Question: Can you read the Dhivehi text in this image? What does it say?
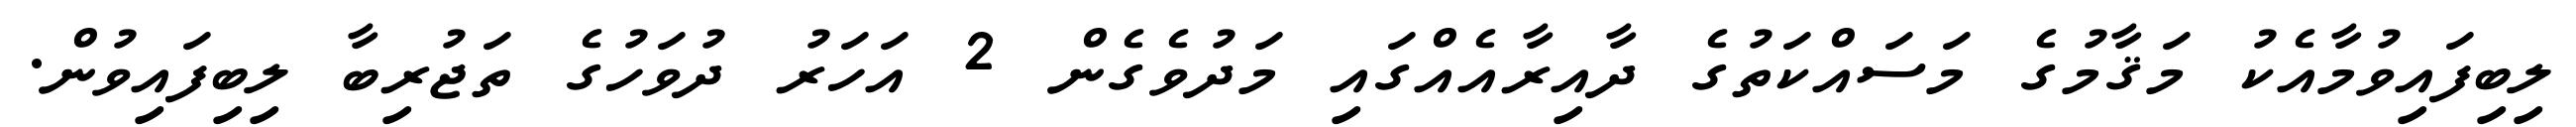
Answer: ލިބިފައިވުމާއެކު މަޤާމުގެ މަސައްކަތުގެ ދާއިރާއެއްގައި މަދުވެގެން 2 އަހަރު ދުވަހުގެ ތަޖުރިބާ ލިބިފައިވުން.